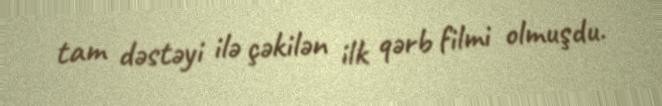
tam dəstəyi ilə çəkilən ilk qərb filmi olmuşdu.